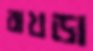
বাখড়া